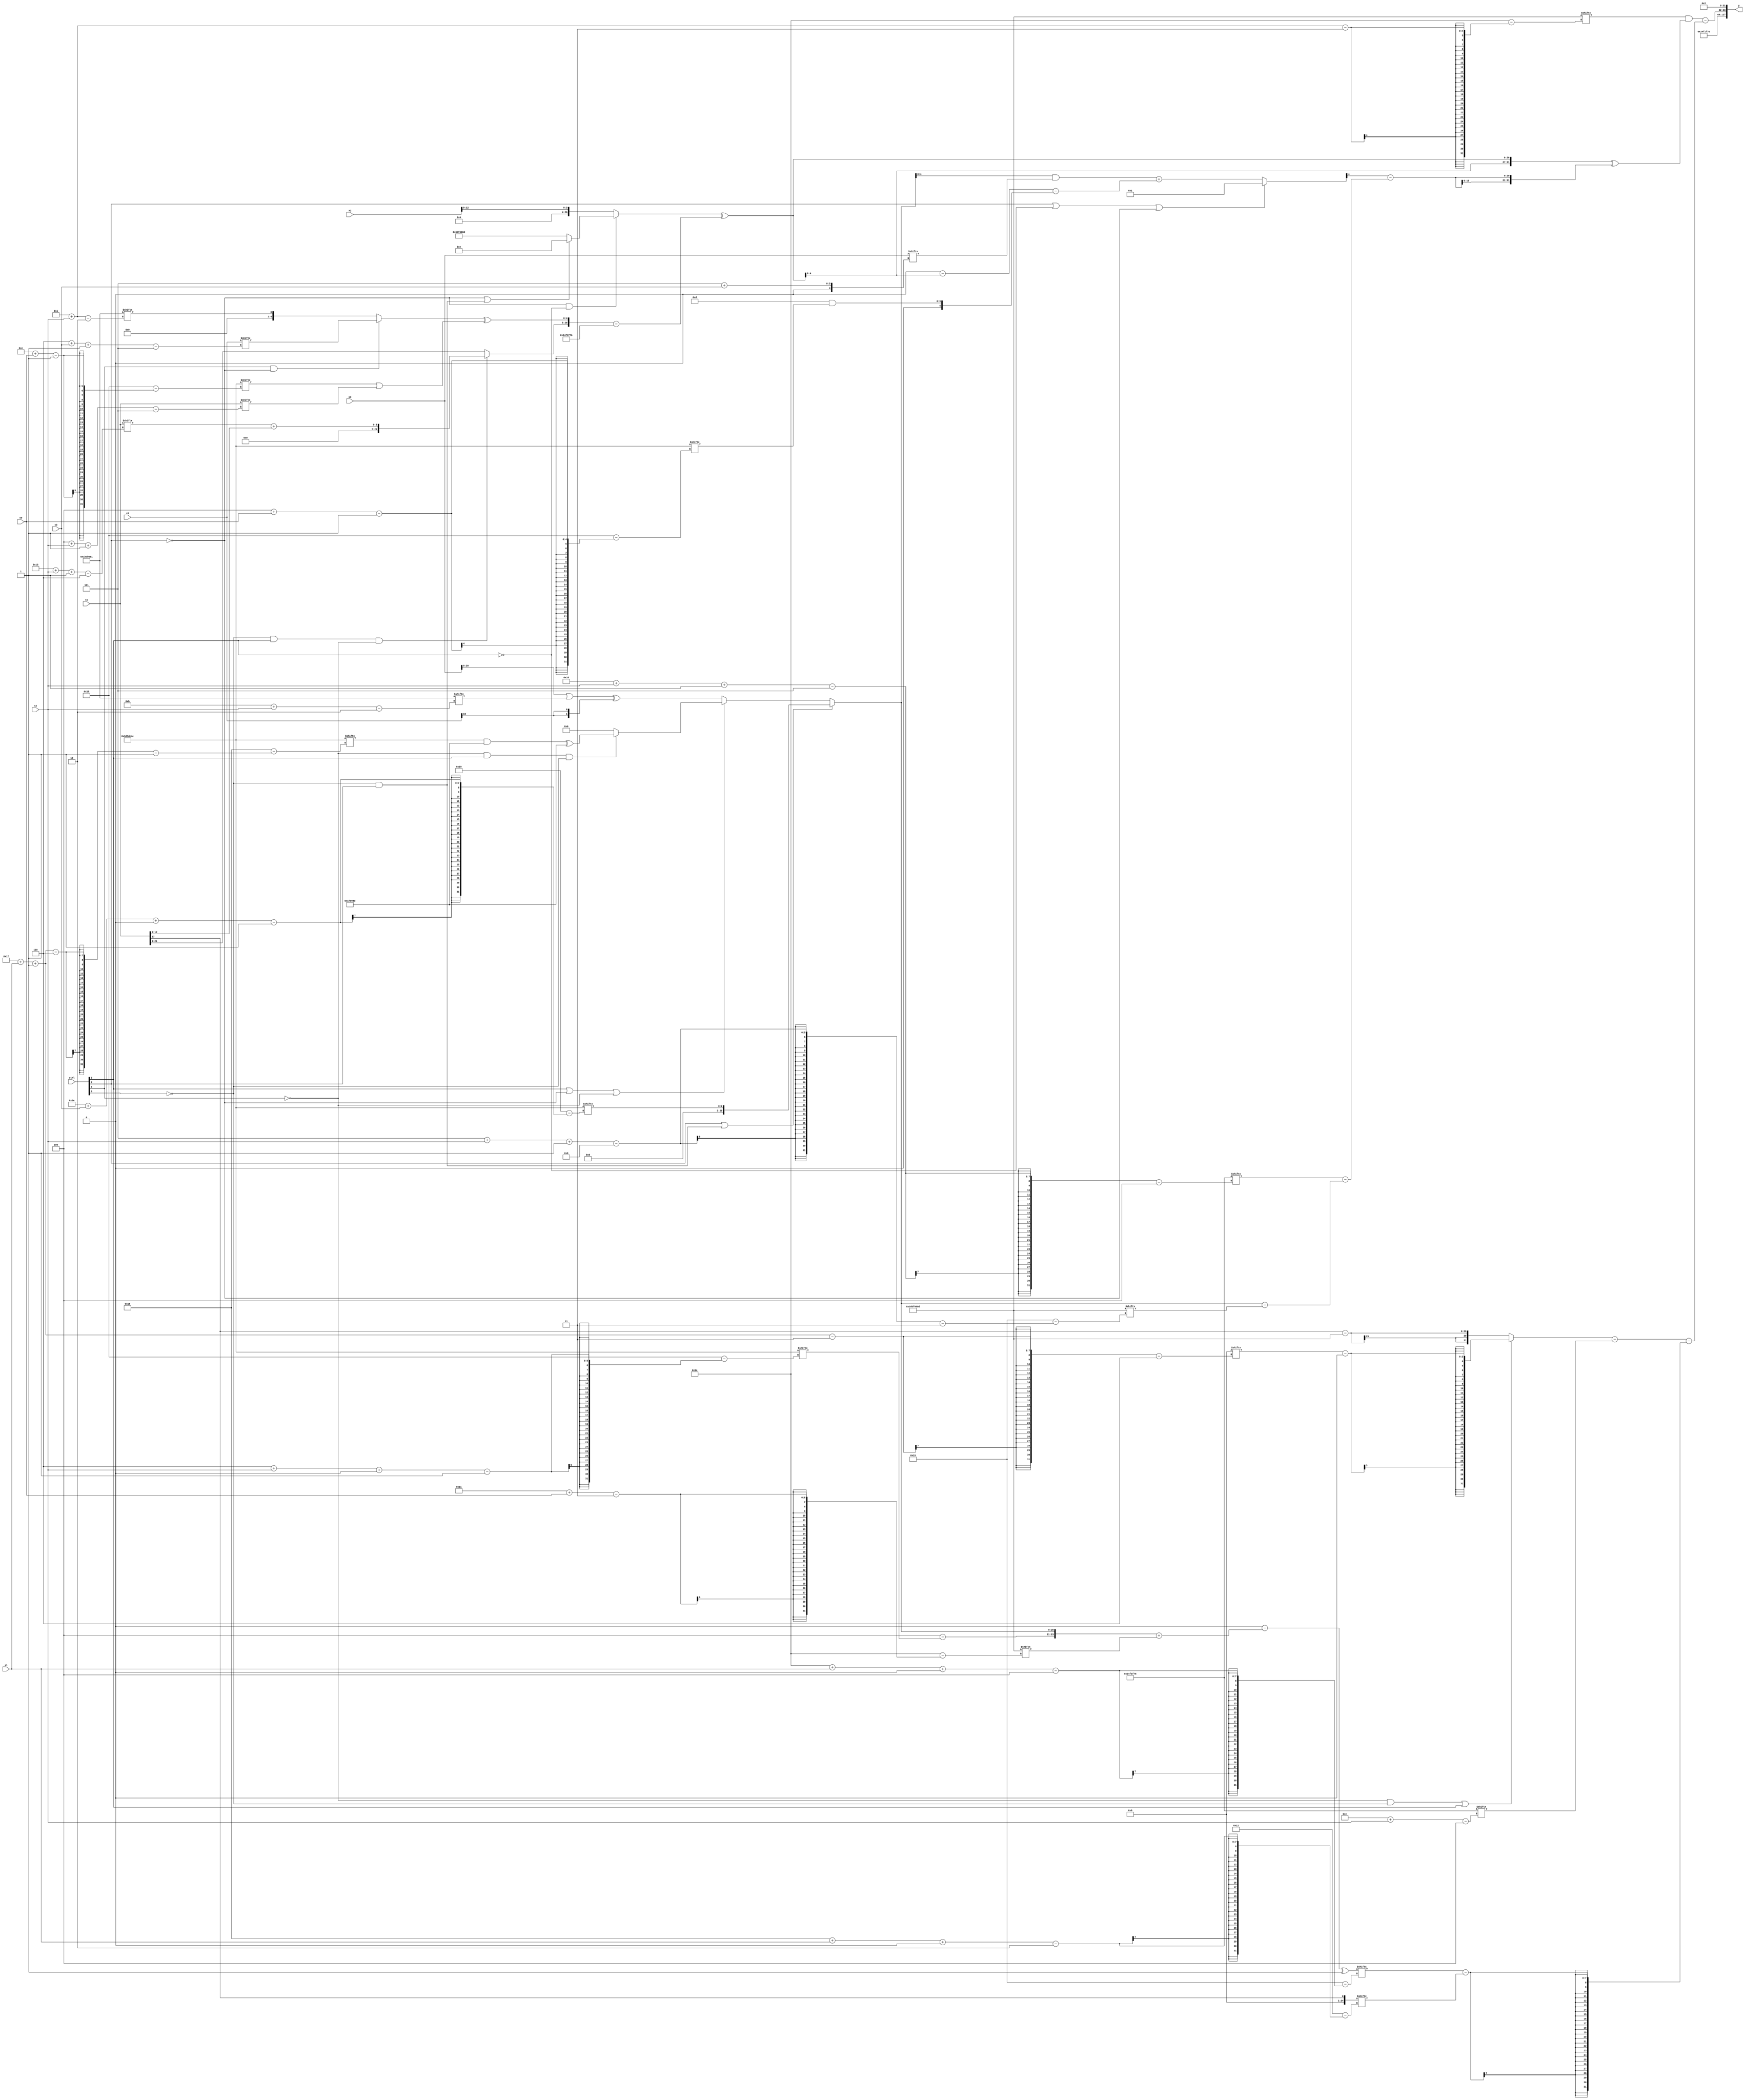
module partsel_00723(ctrl, s0, s1, s2, s3, x0, x1, x2, x3, y);
  input [3:0] ctrl;
  input [2:0] s0;
  input [2:0] s1;
  input [2:0] s2;
  input [2:0] s3;
  input signed [31:0] x0;
  input [31:0] x1;
  input signed [31:0] x2;
  input [31:0] x3;
  wire signed [7:27] x4;
  wire signed [29:3] x5;
  wire signed [27:3] x6;
  wire signed [29:6] x7;
  wire signed [30:7] x8;
  wire [4:27] x9;
  wire [28:0] x10;
  wire signed [27:4] x11;
  wire signed [24:0] x12;
  wire signed [2:26] x13;
  wire [4:28] x14;
  wire [29:0] x15;
  output [127:0] y;
  wire [31:0] y0;
  wire signed [31:0] y1;
  wire signed [31:0] y2;
  wire signed [31:0] y3;
  assign y = {y0,y1,y2,y3};
  localparam signed [3:31] p0 = 381616269;
  localparam signed [31:4] p1 = 38739830;
  localparam [1:28] p2 = 165142220;
  localparam [26:2] p3 = 163362273;
  assign x4 = (ctrl[2] || !ctrl[3] && ctrl[2] ? p2[30 + s3 +: 3] : (ctrl[0] || !ctrl[2] || !ctrl[1] ? (!ctrl[1] && ctrl[0] && !ctrl[3] ? ((p2[23 + s1 -: 6] & p0) ^ {2{p0}}) : p1[17 -: 1]) : (!ctrl[2] && ctrl[2] && !ctrl[0] ? {2{x3[6 + s2]}} : ((x3 | p3[11 + s2]) ^ {2{x0[19 +: 1]}}))));
  assign x5 = ((!ctrl[2] && !ctrl[2] && !ctrl[0] ? (!ctrl[2] || !ctrl[3] && ctrl[2] ? p0[16 -: 4] : p0) : x2[12 -: 4]) ^ ({(!ctrl[3] && ctrl[0] && !ctrl[1] ? (x1[19 + s2 -: 6] + x1[12 -: 4]) : {2{x1}}), ((ctrl[1] && ctrl[1] && !ctrl[2] ? x0[6 + s3 -: 5] : p3[7 + s2]) ^ (p2[14 + s0] | x1[4 + s2 -: 5]))} - {(x1[14 + s3] | x1[17 + s1 +: 8]), p1}));
  assign x6 = p0[12 +: 1];
  assign x7 = x6[8];
  assign x8 = {x5[14 -: 4], (ctrl[2] || !ctrl[0] || !ctrl[2] ? p2[11] : ((x4 & x3[5 + s3]) + ((p1[18 -: 2] - x5) - (p0 & p2[4 + s0]))))};
  assign x9 = ((p3[13 -: 1] - ({(p2 - p2[6 + s2 +: 1]), x4} + p0[17 + s0])) ^ p2[10 +: 1]);
  assign x10 = {{p2[13 -: 1], ((ctrl[2] || !ctrl[3] && ctrl[1] ? (p0 | x5[15 -: 4]) : x0[6 + s3]) + ({2{x7[10 + s0]}} + {(x2[8 +: 2] - x6), x4[10 + s3]}))}, x0[22 + s3 +: 3]};
  assign x11 = (!ctrl[0] || ctrl[0] && !ctrl[3] ? ((p2[12 +: 3] | x4[17 + s2 -: 2]) + p0[28 + s3 -: 2]) : {x4, {2{p0[17 -: 3]}}});
  assign x12 = p0[20 + s1 -: 1];
  assign x13 = x1[17 +: 1];
  assign x14 = (p0[26 + s1 -: 7] ^ x10[6 + s1 -: 6]);
  assign x15 = x14[13 +: 1];
  assign y0 = p1[17];
  assign y1 = p1;
  assign y2 = ((p0[7 + s2] & ({2{x5}} ^ {2{(x8[11 +: 1] - (p1[16 + s2 -: 5] - (x4 - p0[5 + s2 -: 8])))}})) - (((!ctrl[1] && !ctrl[3] || ctrl[0] ? (x7[23 + s1 -: 3] - x15[14 -: 4]) : (x1[17 -: 1] - p0)) - p1[12 + s2]) - (x9[28 + s1 +: 3] - x13[22 + s1 +: 7])));
  assign y3 = p3[20 -: 2];
endmodule